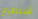
أستطيع